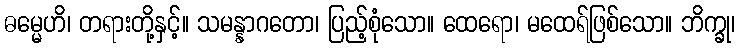
ဓမ္မေဟိ၊ တရားတို့နှင့်။ သမန္နာဂတော၊ ပြည့်စုံသော။ ထေရော၊ မထေရ်ဖြစ်သော။ ဘိက္ခု၊